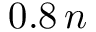
0 . 8 \, n